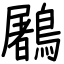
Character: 鷵